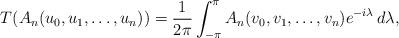
LaTeX: \begin{align*}T(A_{n}(u_0,u_1,\ldots,u_{n}))=\frac{1}{2\pi}\int^\pi_{-\pi}A_{n}(v_0,v_1,\ldots,v_{n})e^{-i\lambda} \,d\lambda,\end{align*}